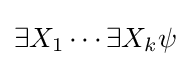
\exists X_{1}\cdots \exists X_{k}\psi